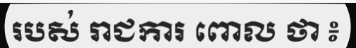
របស់ រាជការ ពោល ថា ៖